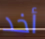
أخد